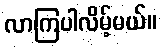
လာကြပါလိမ့်မယ်။